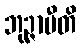
ဘုဉ္ဇာမီတိ